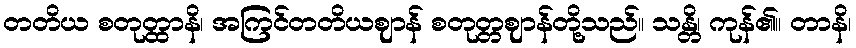
တတိယ စတုတ္ထာနိ၊ အကြင်တတိယဈာန် စတုတ္တဈာန်တို့သည်။ သန္တိ၊ ကုန်၏။ တာနိ၊